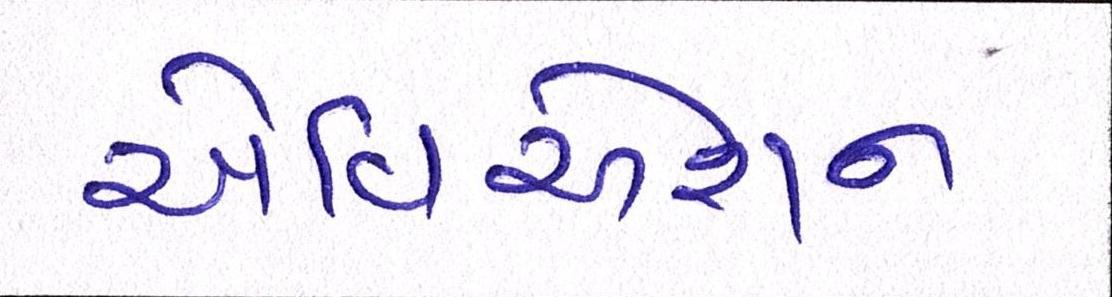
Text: એવિએશન